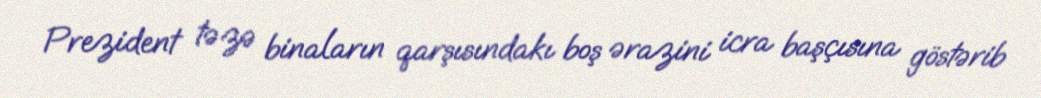
Prezident təzə binaların qarşısındakı boş ərazini icra başçısına göstərib